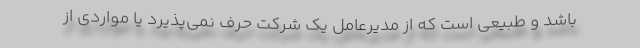
باشد و طبيعي است كه از مديرعامل يك شركت حرف نمي‌پذيرد يا مواردي از